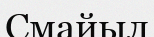
Смайыл